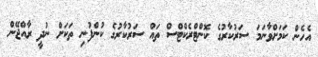
އެހެން ކަމަށްވާނަމަ ސަރުކާރުގެ ކޮންޓްރެކްޓްސް ތައް ސަރުކާރުގެ ކުންފުނި ތަކަށް ނުދީ ރާއްޖޭން